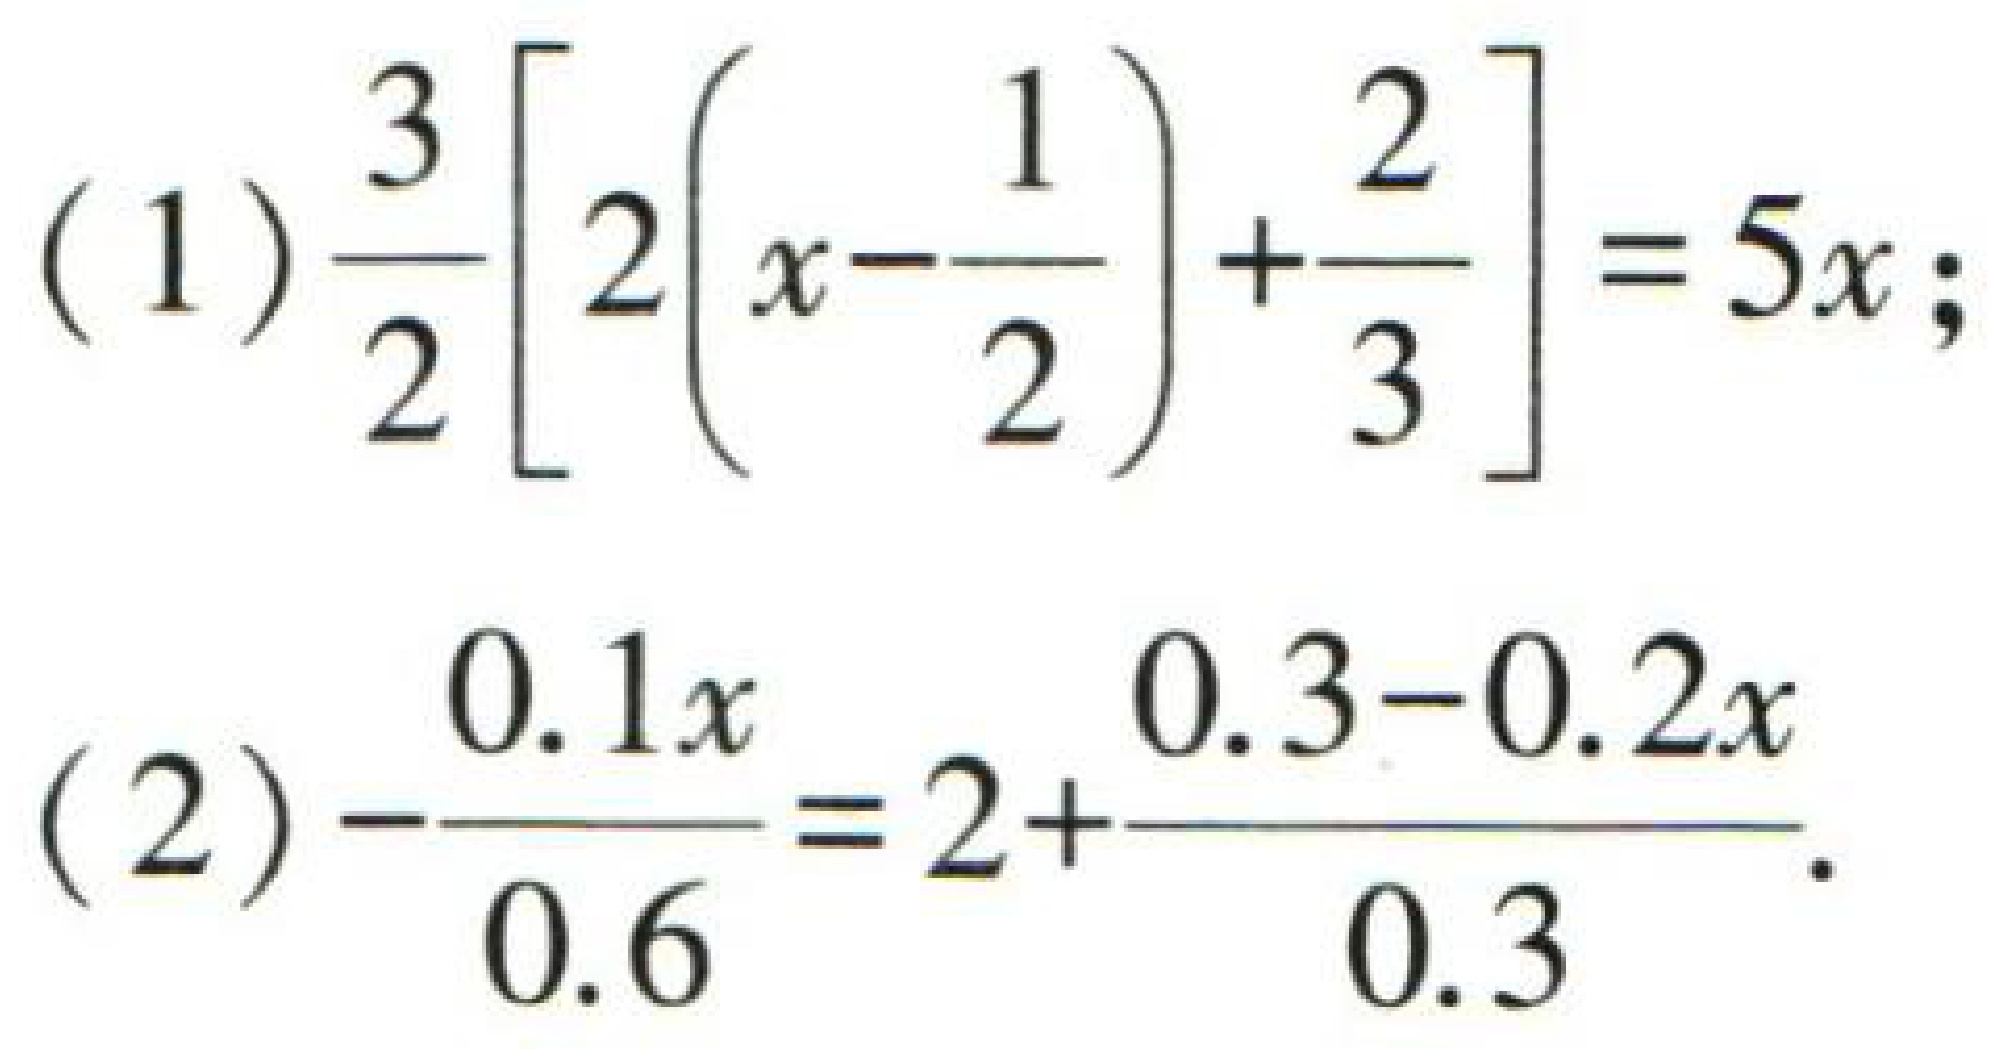
(1) \(\frac{3}{2}\left[2\left(x - \frac{1}{2}\right)+\frac{2}{3}\right]=5x\);

(2) \(-\frac{0.1x}{0.6}=2+\frac{0.3 - 0.2x}{0.3}\)